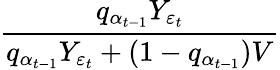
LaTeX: \frac{q_{\alpha_{t-1}}Y_{\varepsilon_{t}}}{q_{\alpha_{t-1}}Y_{\varepsilon_{t}}+(1-q_{\alpha_{t-1}})V}